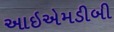
આઇએમડીબી